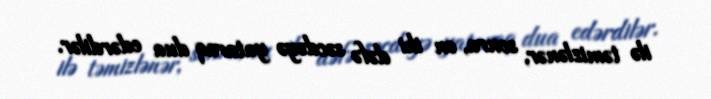
ilə təmizlənər, sonra, on iki dəfə səcdəyə yataraq dua edərdilər.